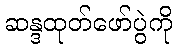
ဆန္ဒထုတ်ဖော်ပွဲကို